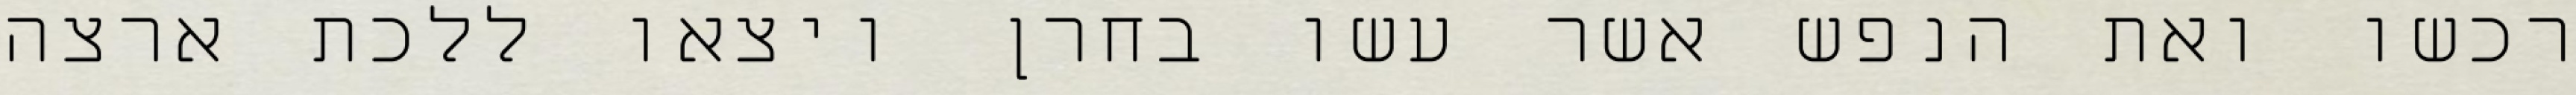
רכשו ואת הנפש אשר עשו בחרן ויצאו ללכת ארצה